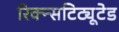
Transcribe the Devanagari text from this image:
रिक्न्सटिट्यूटेड